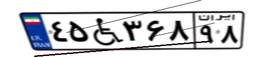
۴۵W۳۶۸۹۸